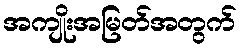
အကျိုးအမြတ်အတွက်